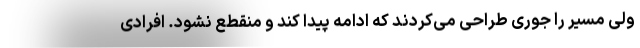
ولی مسیر را جوری طراحی می‌کردند که ادامه پیدا کند و منقطع نشود. افرادی